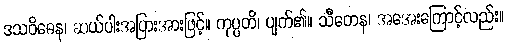
ဒသဝိဓေန၊ ဆယ်ပါးအပြားအားဖြင့်။ ကုပ္ပတိ၊ ပျက်၏။ သီတေန၊ အအေးကြောင့်လည်း။